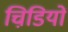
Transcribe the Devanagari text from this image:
चिडि़यों